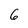
Character: 6